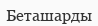
Беташарды